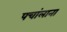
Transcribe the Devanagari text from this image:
पचांलाना